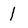
Character: 1